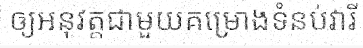
ឲ្យអនុវត្តជាមួយគម្រោងទំនប់វារី